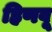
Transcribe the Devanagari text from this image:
हिणवू